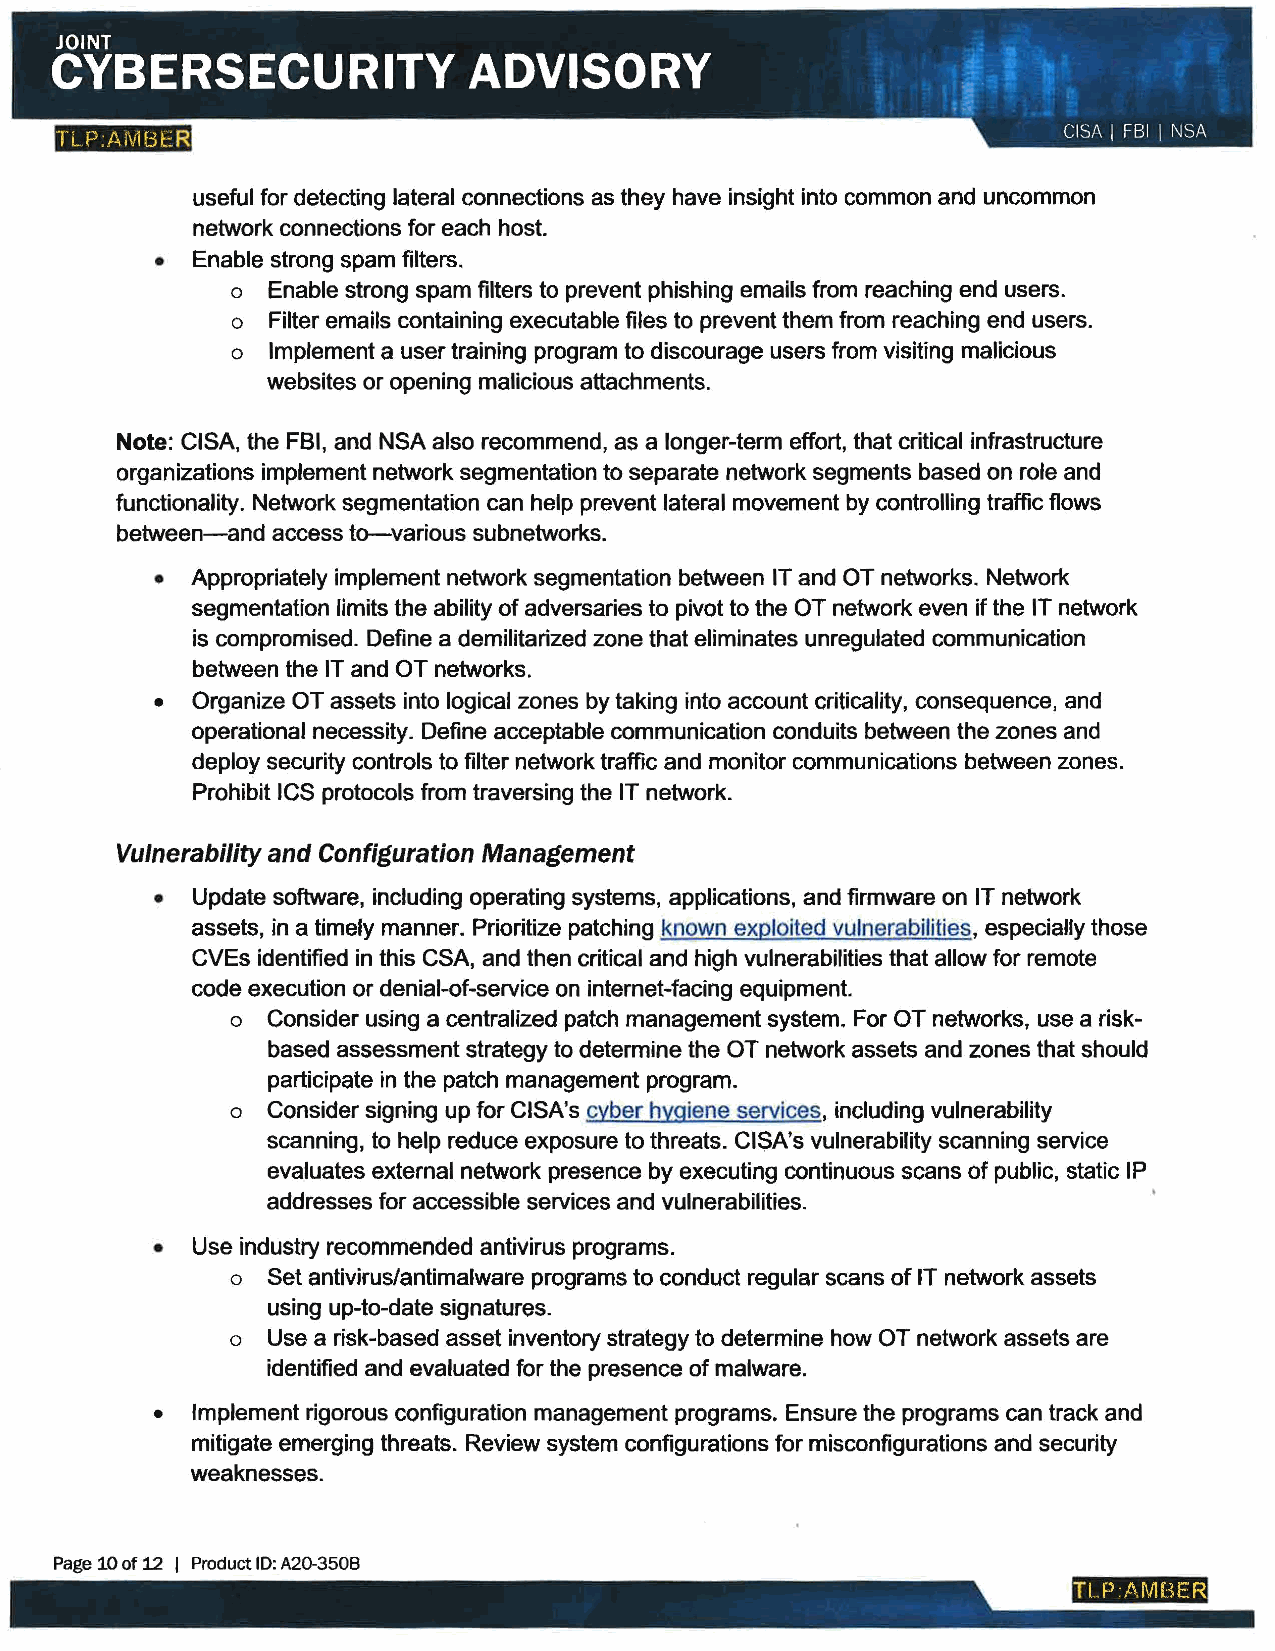
TL P .A1v1m:R
 useful for detecting lateral connections as they have insight into common and uncommon
 network connections for each host.
 • Enable strong spam filters.
 o Enable strong spam filters to prevent phishing emails from reaching end users.
 o Filter emails containing executable files to prevent them from reaching end users.
 o Implement a user training program to discourage users from visiting malicious
 websites or opening malicious attachments.
 Note: CISA, the FBI, and NSA also recommend, as a longer-term effort, that critical infrastructure
 organizations implement network segmentation to separate network segments based on role and
 functionality. Network segmentation can help prevent lateral movement by controlling traffic flows
 between-and access to-various subnetworks.
 • Appropriately implement network segmentation between IT and OT networks. Network
 segmentation limits the ability of adversaries to pivot to the OT network even if the IT network
 is compromised. Define a demilitarized zone that eliminates unregulated communication
 between the IT and OT networks.
 • Organize OT assets into logical zones by taking into account criticality, consequence, and
 operational necessity. Define acceptable communication conduits between the zones and
 deploy security controls to filter network traffic and monitor communications between zones.
 Prohibit ICS protocols from traversing the IT network.
 Vulnerability and Configuration Management
 • Update software, including operating systems, applications, and firmware on IT network
 assets, in a timely manner. Prioritize patching known exploited vulnerabilities, especially those
 CVEs identified in this CSA, and then critical and high vulnerabilities that allow for remote
 code execution or denial-of-service on internet-facing equipment.
 o Consider using a centralized patch management system. For OT networks, use a risk
 based assessment strategy to determine the OT network assets and zones that should
 participate in the patch management program.
 o Consider signing up for CISA's cyber hygiene services, including vulnerability
 scanning, to help reduce exposure to threats. CISA's vulnerability scanning service
 evaluates external network presence by executing continuous scans of public, static IP
 addresses for accessible services and vulnerabilities.
 • Use industry recommended antivirus programs.
 o Set antivirus/antimalware programs to conduct regular scans of IT network assets
 using up-to-date signatures.
 o Use a risk-based asset inventory strategy to determine how OT network assets are
 identified and evaluated for the presence of malware.
 • Implement rigorous configuration management programs. Ensure the programs can track and
 mitigate emerging threats. Review system configurations for misconfigurations and security
 weaknesses.
 Page 10 of 12 I Product ID: A20-350B
 Tl P·AMBER